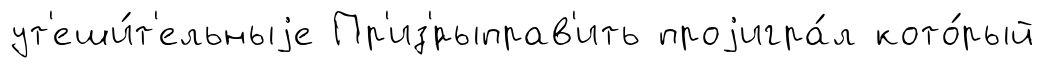
ут'еши́т'ельныjе Пр'из'́рыправ'ить проjигра́л кото́рый